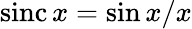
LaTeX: \operatorname{sinc}x=\sin x/x